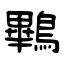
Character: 鷝